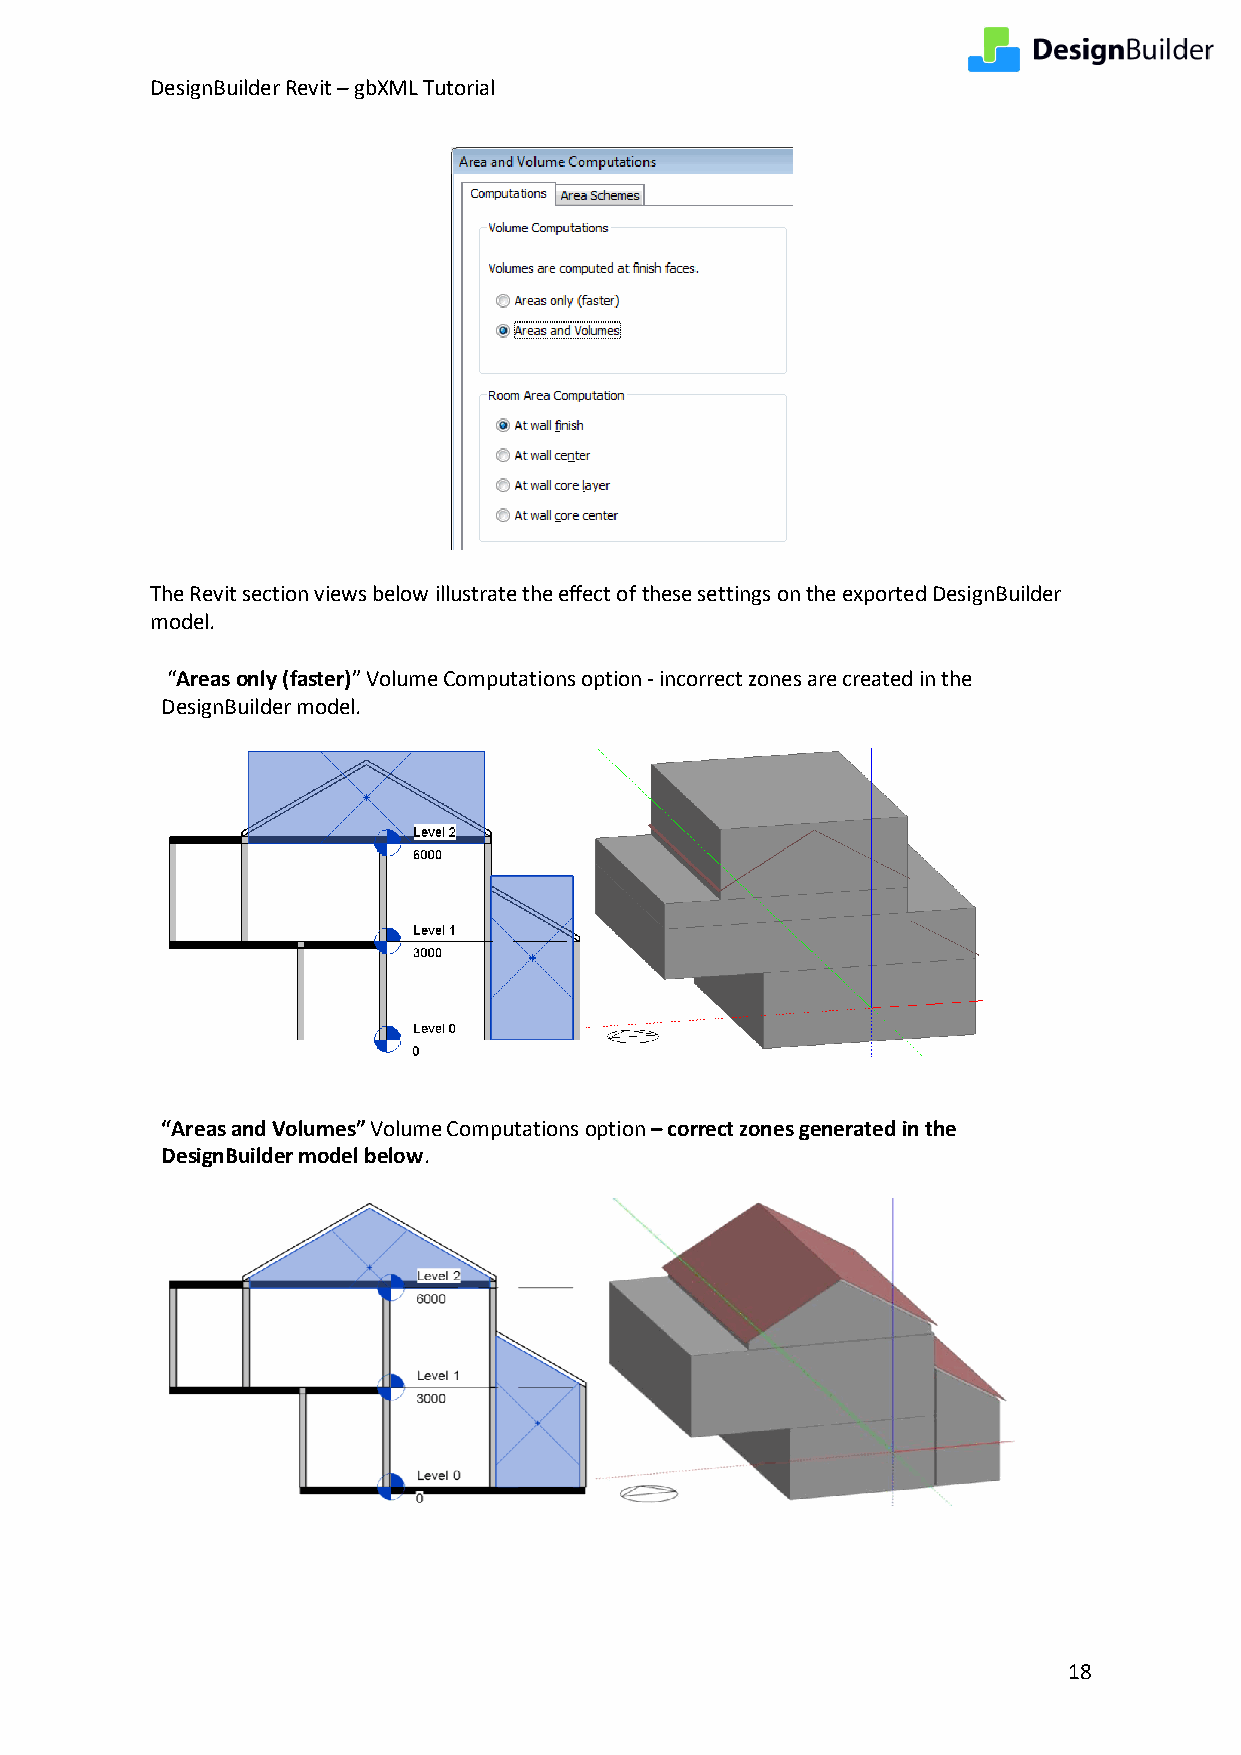
DesignBuilder Revit – gbXML Tutorial
 The Revit section views below illustrate the effect of these settings on the exported DesignBuilder
 model.
 “Areas only (faster)” Volume Computations option - incorrect zones are created in the
 DesignBuilder model.
 “Areas and Volumes” Volume Computations option – correct zones generated in the
 DesignBuilder model below.
 18